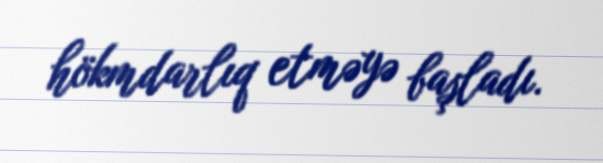
hökmdarlıq etməyə başladı.